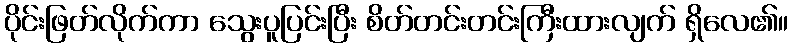
ပိုင်းဖြတ်လိုက်ကာ သွေးပူပြင်းပြီး စိတ်တင်းတင်းကြီးထားလျက် ရှိလေ၏။